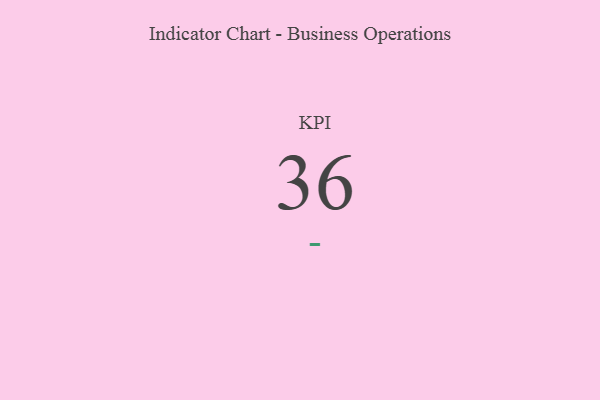
{"axis": {"x": "KPI", "y": "Value"}, "legend": [""], "data": [{"x": "KPI", "y": 36, "type": ""}]}